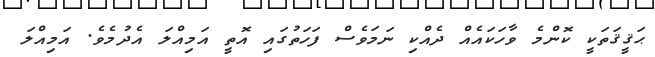
ޙަޤީޤަތަކީ ކޮންމެ ވާހަކައެއް ދެއްކި ނަމަވެސް ފަހަތުގައި އޮތީ އަމިއްލަ އެދުމެވެ. އަމިއްލަ